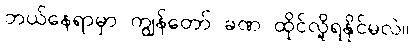
ဘယ်နေရာမှာ ကျွန်တော် ခဏ ထိုင်လို့ရနိုင်မလဲ။